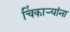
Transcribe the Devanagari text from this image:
चिंकाऱ्यांना